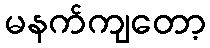
မနက်ကျတော့